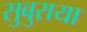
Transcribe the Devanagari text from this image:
सुबुराया